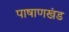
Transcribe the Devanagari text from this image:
पाषाणखंड